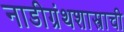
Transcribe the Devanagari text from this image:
नाडीग्रंथशास्त्राची